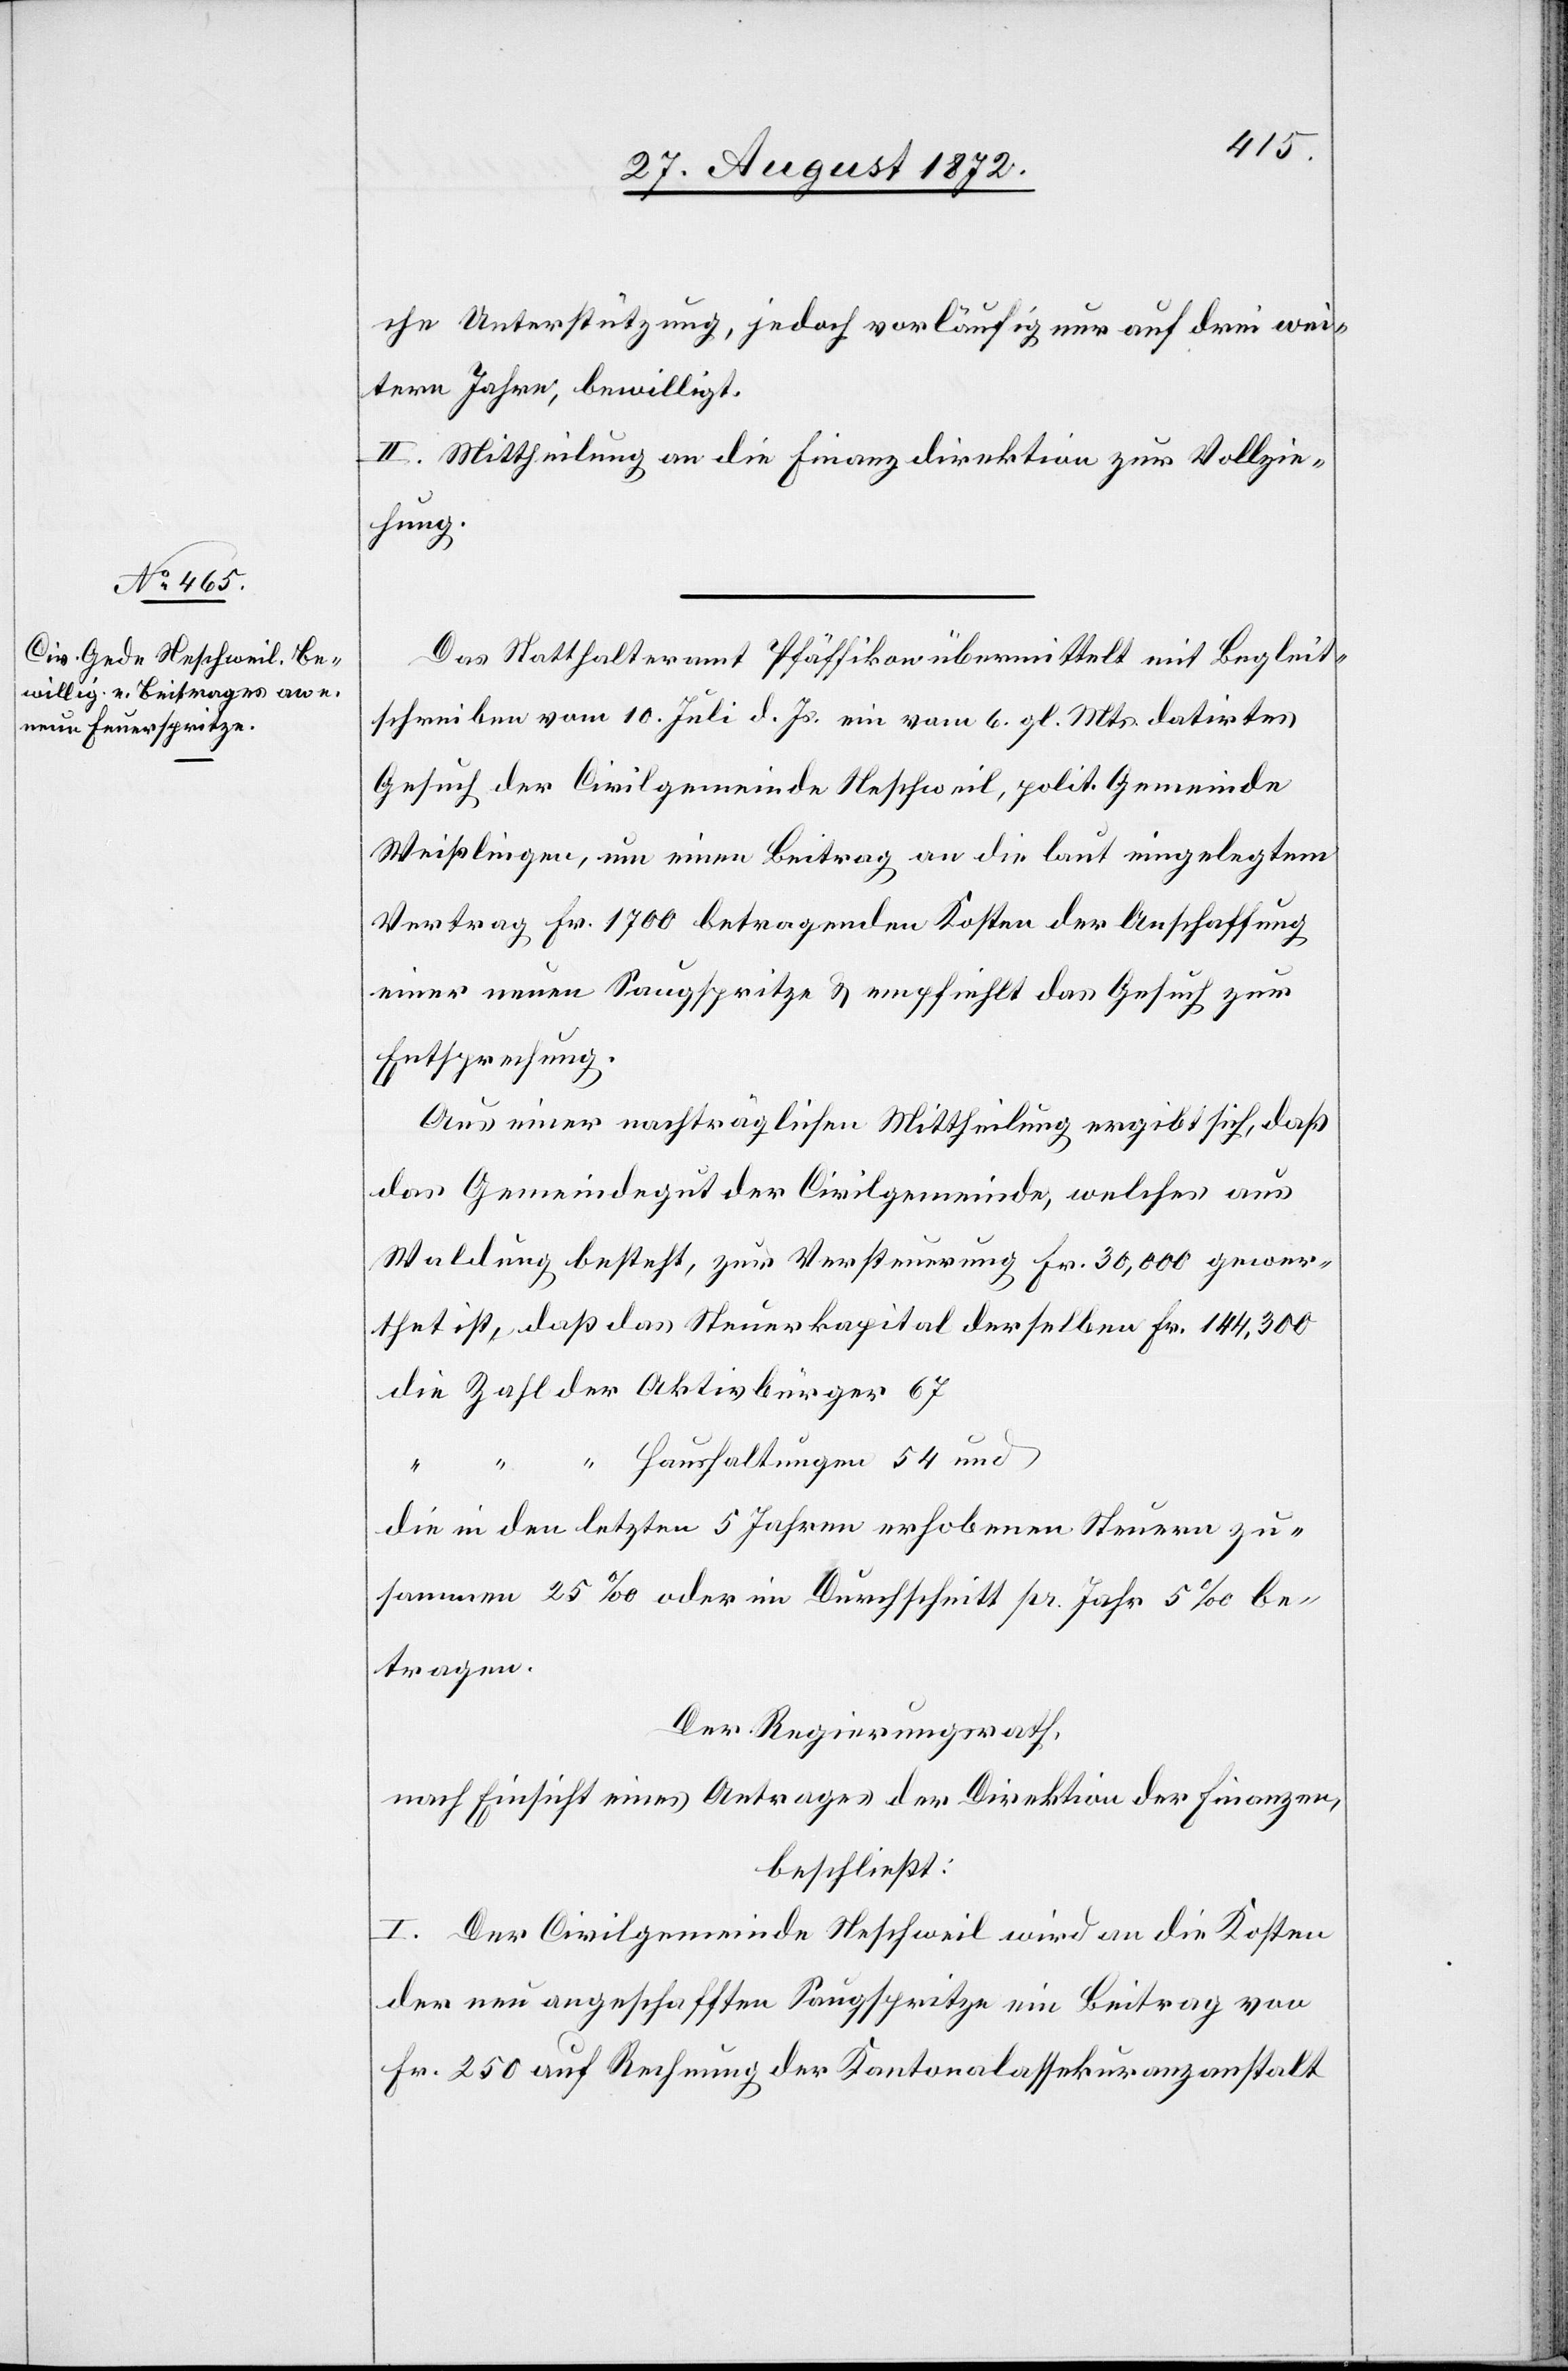
che Unterstützung, jedoch vorläufig nur auf drei wei¬
tere Jahre, bewilligt.
II. Mittheilung an die Finanzdirektion zur Vollzie¬
hung.
Das Statthalteramt Pfäffikon übermittelt mit Begleit¬
schreiben vom 10. Juli d. Js. ein vom 6. gl. Mts. datirtes
Gesuch der Civilgemeinde Neschwil, polit. Gemeinde
Weißlingen, um einen Beitrage an die laut eingelegtem
Vertrag Fr. 1700 betragenden Kosten der Anschaffung
einer neuen Saugspritze u. empfiehlt das Gesuch zur
Entsprechung.
Aus einer nachträglichen Mittheilung ergibt sich, daß
das Gemeindegut der Civilgemeinde, welches aus
Waldung besteht, zur Versteuerung Fr. 30,000 gewer¬
thet ist, daß das Steuerkapital derselben Fr. 144,300
die Zahl der Aktivbürger 67
“ “ Haushaltungen 54 und
die in den letzten 5 Jahren erhobenen Steuern zu¬
sammen 25‰ oder im Durchschnitt pr. Jahr 5‰ be¬
tragen.
Der Regierungsrath,
nach Einsicht eines Antrages der Direktion der Finanzen,
beschließt:
I. Der Civilgemeinde Neschweil wird an die Kosten
der neu angeschafften Saugspritze ein Beitrag von
Fr. 250 auf Rechnung der Kantonalassekuranzanstalt